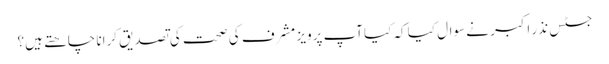
جسٹس نذر اکبر نے سوال کیا کہ کیاآپ پرویز مشرف کی صحت کی تصدیق کرانا چاھتے ہیں؟